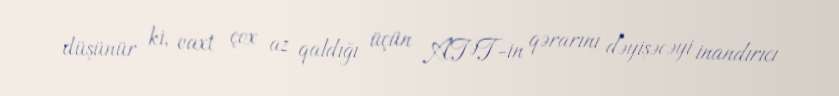
düşünür ki, vaxt çox az qaldığı üçün ATƏT-in qərarını dəyişəcəyi inandırıcı